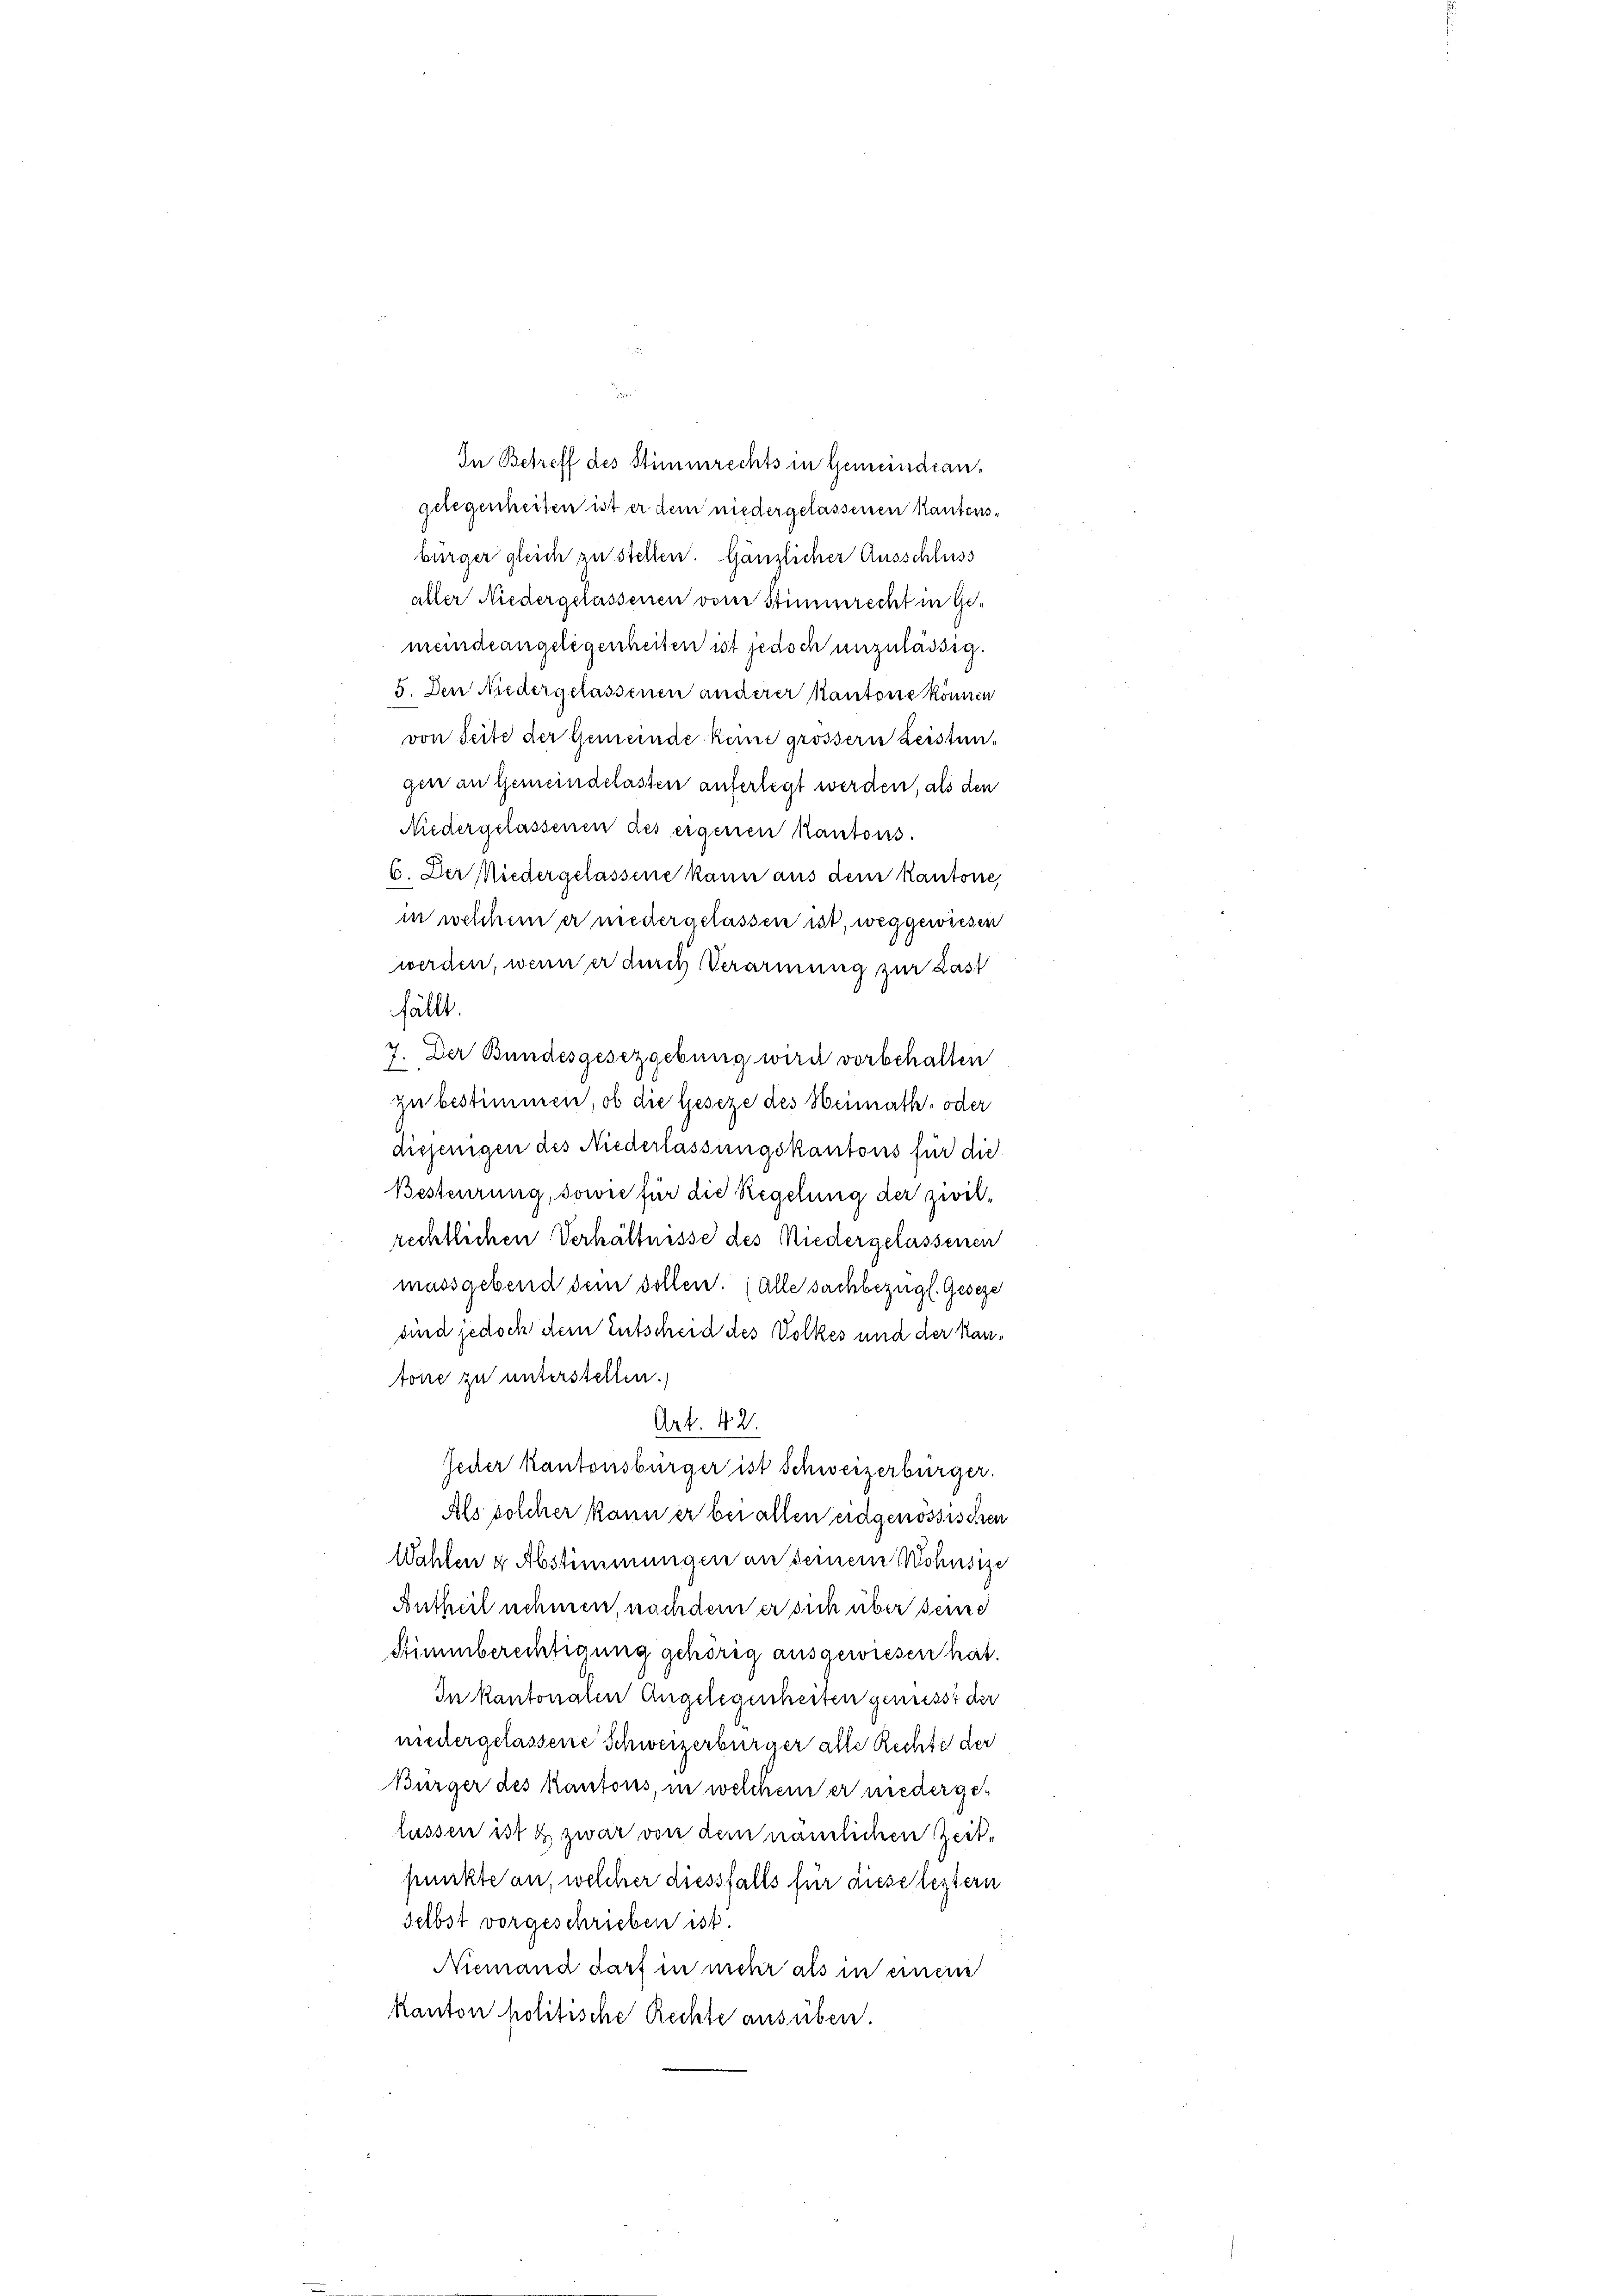
In Betreff des Stimmrechts in Gemeindeangelegenheiten ist er dem niedergelassenen Kantonsbürger gleich zu stellen. Gänzlicher Ausschluss
aller Niedergelassenen von Stimmrecht in Ge-
meindeangelegenheiten ist jedoch unzulässig.
5. Den Niedergelassenen anderer Kantone können
von Seite der Gemeinde keine grösserer Leistun¬
6. Der Niedergelassene kann aus dem Kantone,
in welchem er niedergelassen ist, weggewiesen
werden, wenn er durch Verarmung zur Last
fällt
7. Der Bundesgesetzgebung wird vorbehalten
zu bestimmen, ob die Geseze des Heimath- oder
diejenigen des Niederlassungskantons für die
Besteurung, sowie für die Regelung der zwilrechtlichen Verhältnisse des Niedergelassenen
massgebend dem sollen. (alle sachbezügl. Geseze
uind jedoch dem Entscheid des Volkes und der Kantone zu unterstellen.
Art. 42.
Jecher kantonsbürger ist Schweizerbürger.
Als solcher kann er bei allen eidgenössischen
Wahlen & Abstimmungen an seinem Wohnsize
Antheil nehmen, nachdem er sich über seine
Stimmberechtigung gehörig ausgewiesen hat.
In Kantonalen Angelegenheiten genüsst der
niedergelassene Schweizerbürger alle Rechte der
Bürger des kantons, in welchem er niedergelüssen ist & zwar von dem nämlichen Zeitpunkte an, welcher diessfalls für ause leztern
Selbst vorgeschrieben ist.
Niemand darf in mehr als in einem
kanton politische Rechte ausüben

gen an Gemeindelassen auferlegt werden, als den
Niedergelassenen des eigenen Kantons.